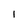
Character: i